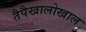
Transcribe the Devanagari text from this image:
तैपैखालोखाल